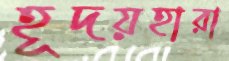
হূদয়হারা